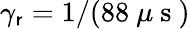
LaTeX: \gamma_{\mathsf{r}}=1/(88~\mu\mathrm{{~s~}})